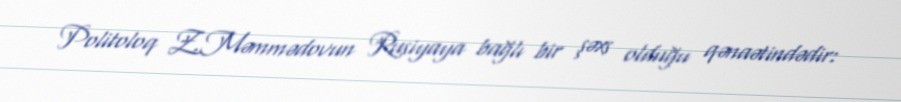
Politoloq Z.Məmmədovun Rusiyaya bağlı bir şəxs olduğu qənaətindədir: